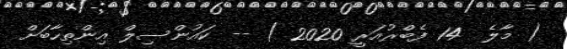
( މާލެ  14 ފެބްރުއަރީ 2020 ) -- ކައުންސިލް އިންތިހާބަށް